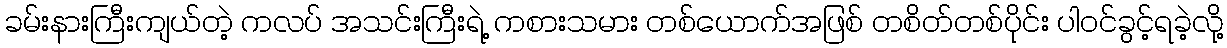
ခမ်းနားကြီးကျယ်တဲ့ ကလပ် အသင်းကြီးရဲ့ ကစားသမား တစ်ယောက်အဖြစ် တစိတ်တစ်ပိုင်း ပါဝင်ခွင့်ရခဲ့လို့